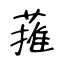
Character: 蓷